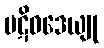
ပဋိဝဒေယျု